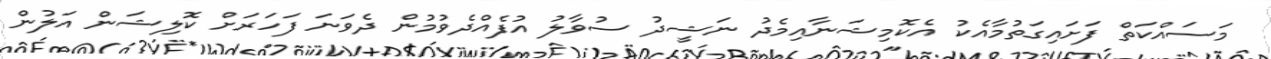
މަސައްކަތް ފަށައިގަތުމާއެކު އެކޮމިޝަނާއިމެދު ނަޝީދު ސުވާލު އުފެއްދެވުމުން ދެވަނަ ފަހަރަށް ކޮލިޝަން އަލުން